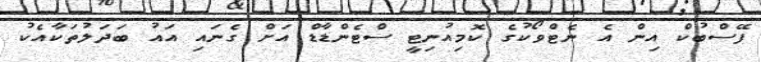
ފޭސްބުކް އިން އެ ނެޓްވޯކުގެ ކޮމިއުނިޓީ ސްޓެންޑާޑް އަށް ގެނައި އައު ބަދަލުތަކާއެކު